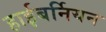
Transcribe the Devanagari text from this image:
हाईबर्नियन